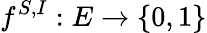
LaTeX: f^{S,I}:E\to\{ 0,1\}